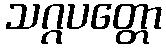
သဂ္ဂပတ္တော